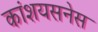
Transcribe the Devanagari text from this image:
कांशयसनेस